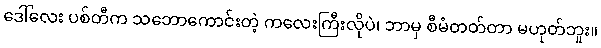
ဒေါ်လေး ပစ်တီက သဘောကောင်းတဲ့ ကလေးကြီးလိုပဲ၊ ဘာမှ စီမံတတ်တာ မဟုတ်ဘူး။